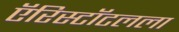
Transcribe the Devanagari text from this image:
ऍरिस्टॉटलला